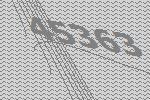
45363